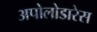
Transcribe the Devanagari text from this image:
अपोलोडारेस